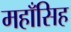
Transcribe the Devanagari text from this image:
महाँसिह